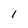
Character: 1